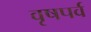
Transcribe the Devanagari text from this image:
वृषपर्व